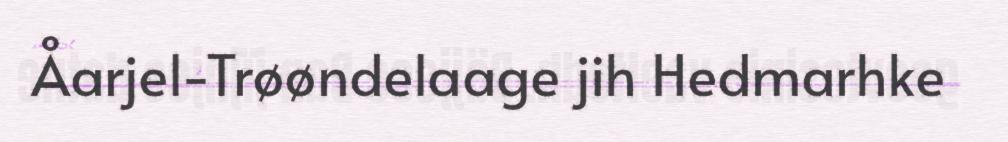
Åarjel-Trøøndelaage jih Hedmarhke